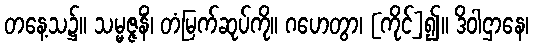
တနေ့သ၌။ သမ္မဇ္ဇနိံ၊ တံမြက်ဆုပ်ကို။ ဂဟေတွာ၊ [ကိုင်]၍။ ဒိဝါဌာနေ၊